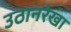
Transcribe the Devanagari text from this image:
उठानरेखा